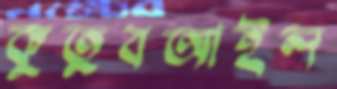
কুতুবআইল